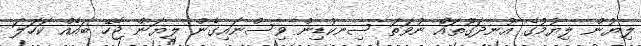
ލިޔުން ލިޔުމުގެ އުނދަގޫތައް ނުވަތަ ސިނކުޑިން ވިސްނައިގެން ލިޔަން ޖެހޭ ބައެއް ކަހަލަ